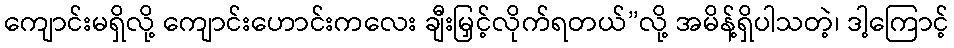
ကျောင်းမရှိလို့ ကျောင်းဟောင်းကလေး ချီးမြှင့်လိုက်ရတယ်”လို့ အမိန့်ရှိပါသတဲ့၊ ဒါ့ကြောင့်